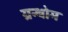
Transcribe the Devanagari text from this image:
ग्रन्थोम